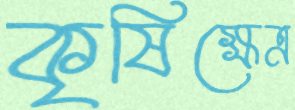
কৃষিক্ষেত্র